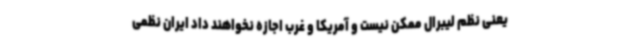
یعنی نظم لیبرال ممکن نیست و آمریکا و غرب اجازه نخواهند داد ایران نظمی